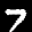
Label: 7